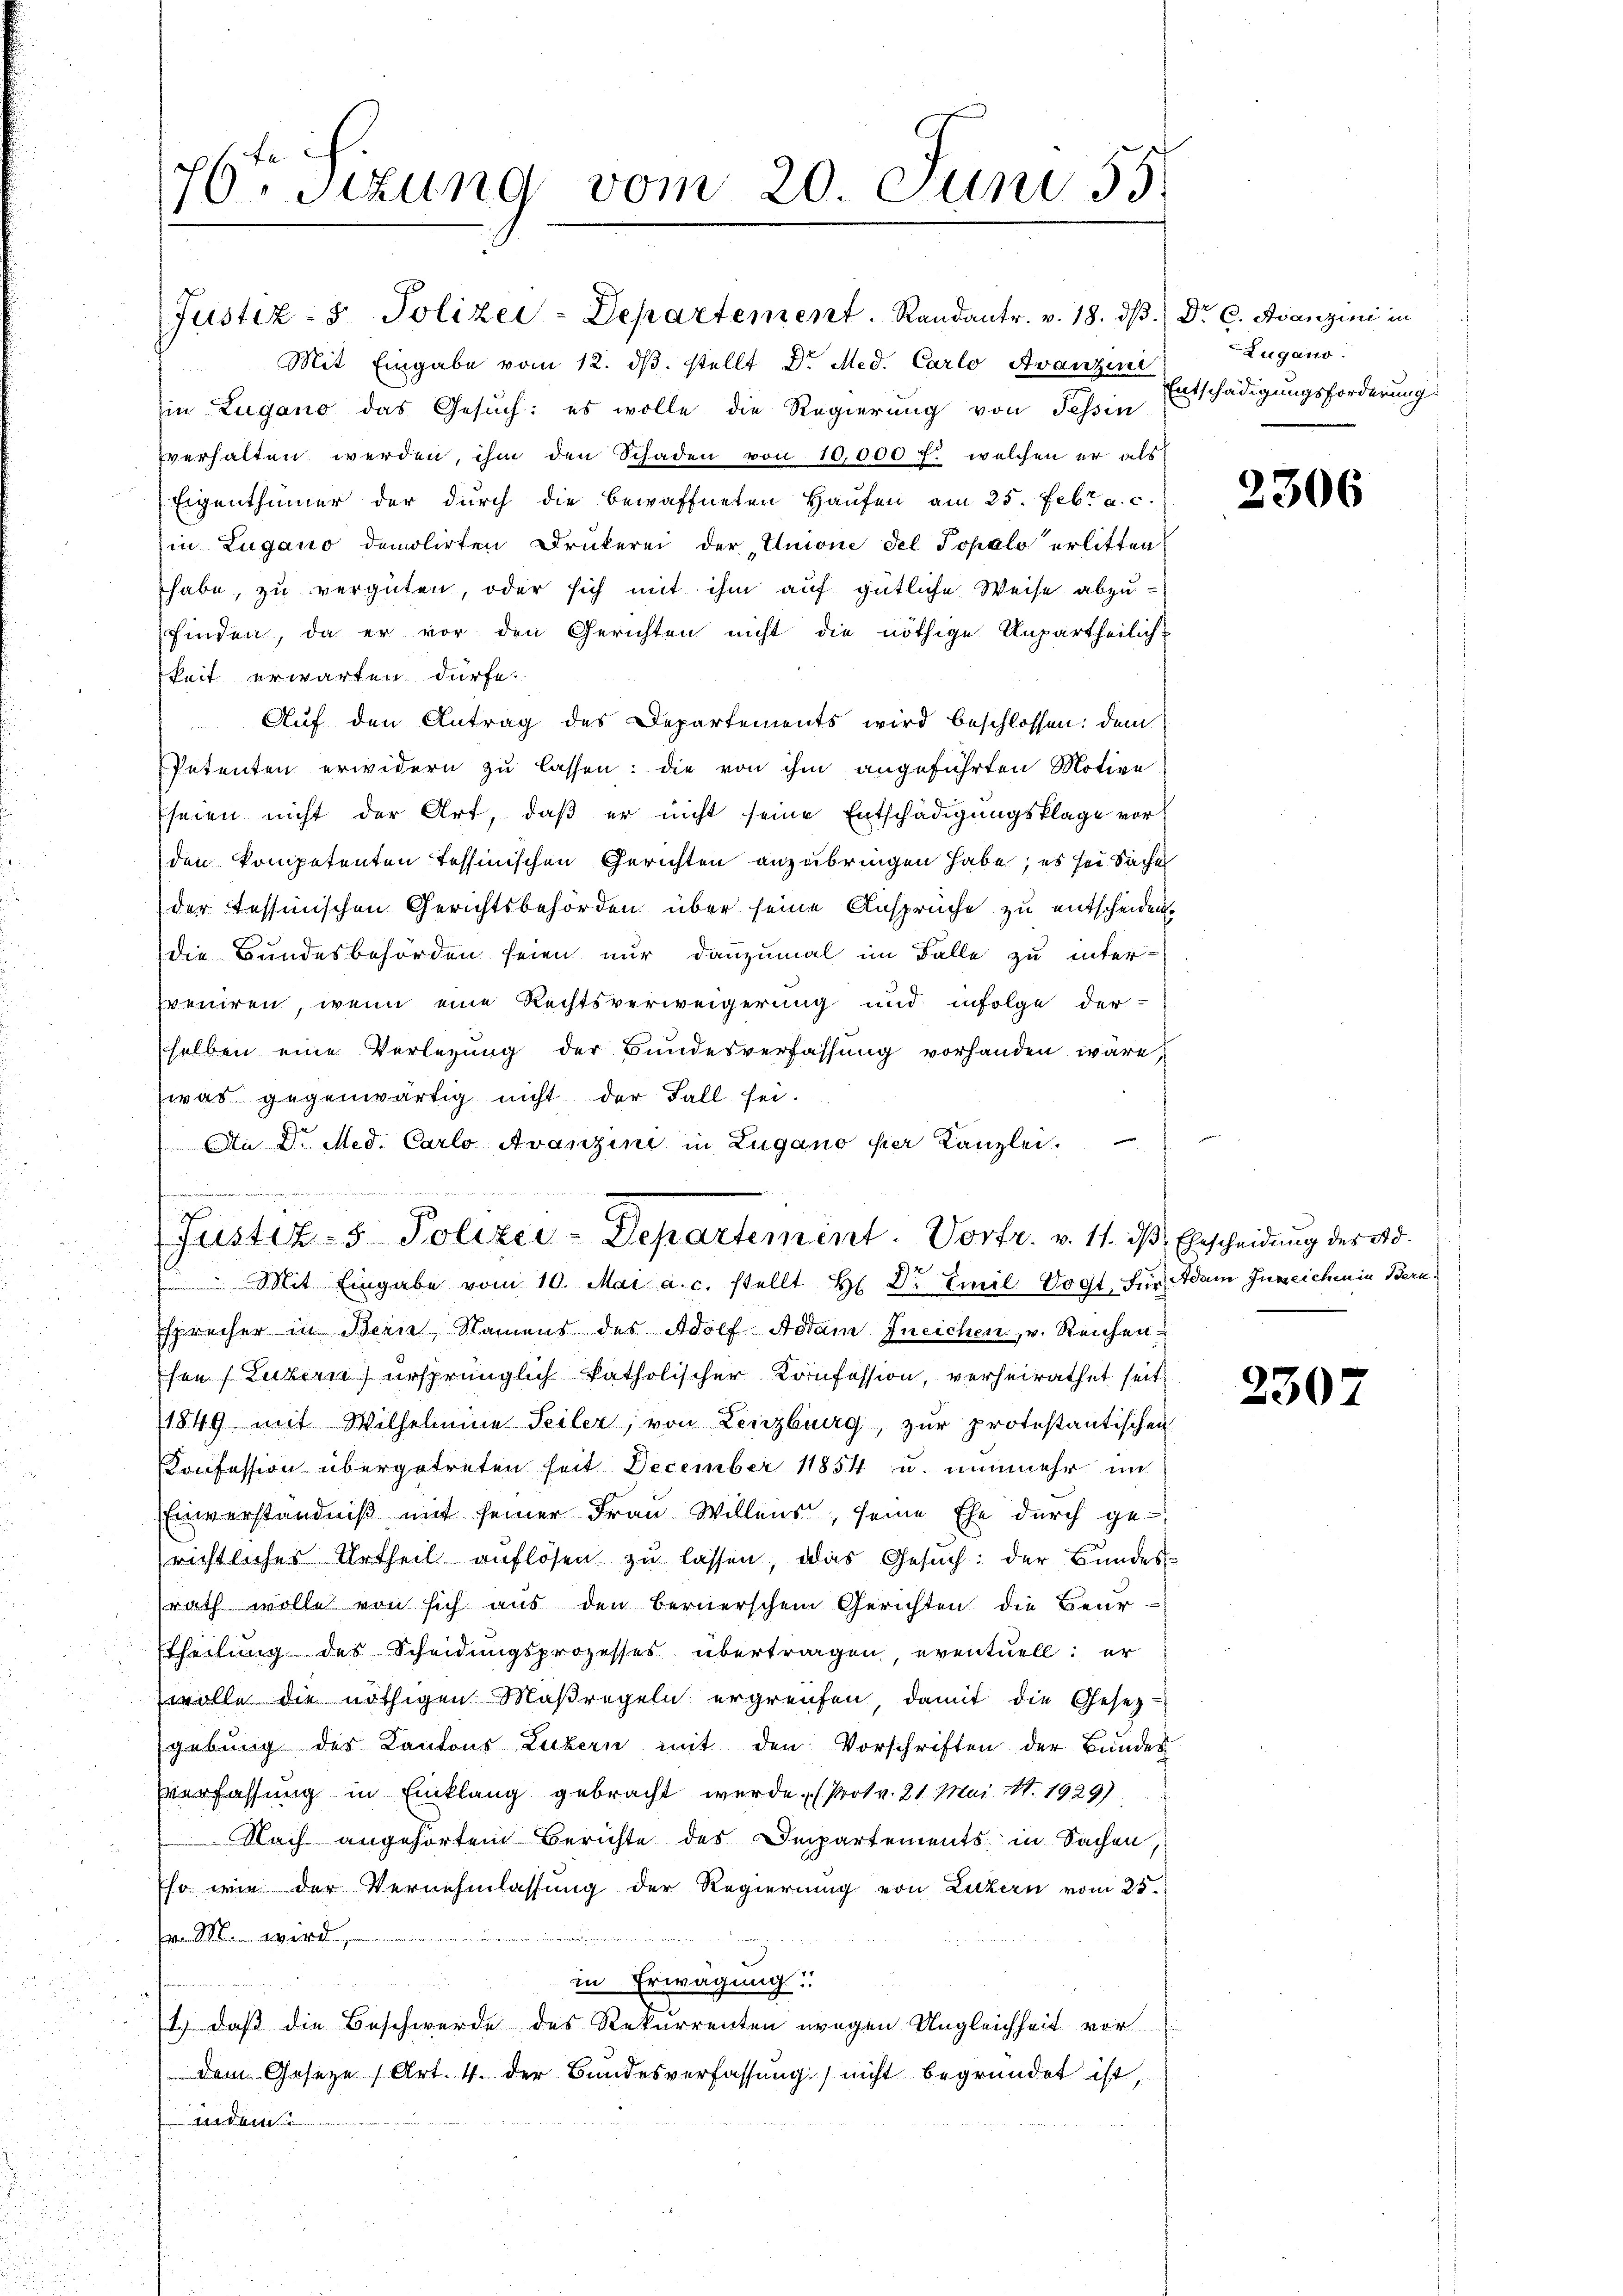
16ten Sizung vom 20. Juni 55.
1

Mit Eingabe vom 12. dβ. stellt Dr. Med. Carlo Avanzenr
in Zugano das Gesuch: es wolle die Regierung von Tessin
verhalten werden, ihm den Schaden von 10,000 f. welchen er als
Eigenthümer der durch die bewaffneten Haŭsen am 25. Febr a. c.
in Lugano demolirten Druckerei der „Unione Fel Popalo erlitten
habe, zu vergüten, oder sich mit ihm auf gütliche Weise abzufinden, da er vor den Gerichten nicht die nöthige Unpartheilich-
keit erwarten dürfe.
Auf den Antrag des Departements wird beschlossen: dem
Petenten erwidern zu lassen: die von ihm angeführten Motive
seien nicht der Art, daβ er nicht seine Entschädigŭngsklage vorden kompetenten Tessinischen Gerichten anzubringen habe; es sei Sache
der Tessinischen Gerichtsbehörden über seine Ansprüche zu entscheiden.
die Bundesbehörden seien nur dannzumal im Falle zu inter-
preniren, wenn eine Rechtsverweigerung und infolge der-
selben eine Verlegung der Bundesverfassung vorhanden wäre,
was gegenwärtig nicht der Fall sei.
An Dr. Med. Carlo Avanzini in Zugano per Kanzlei.
Justiz- & Polizei-Departement. Vortr. v. 11. ds. Erscheidung der Ad
 Mit Eingabe vom 10. Mai a.c. stellt Hr. Dr Emil Vogt. Für Adam Jureichen in Bern
sprecher in Bern Namens des Adolf Addam Ineichen, v. Reichen
sen (Luzern) ursprünglich katholischer Konfession, verheirathet seit
1849 mit Wilhelmine Teiler, von Lenzburg, zur protestantischen
Konfession übergetreten heit December 11854 u. nunmehr im
Einverständniß mit seiner Frau Willens, seine Ehe durch ge-
richtliches Urtheil auflösen zu lassen, das Gesuch: der Bundesrath wolle von sich aus den Bernerschem Gerichten die Beur-
theilung des Scheidungsprozesses übertragen, eventuell: er
wolle die nöthigen Maßregeln ergreifen, damit die Gesetz-
gebung des Kantons Luzern mit den Vorschriften der Bundes
verfassung in Einklang gebracht werde. (Prot. 21. Mai. 1. 1929).
Nach angehörten Berichte des Departements in Sachen,
Eso wie der Vernehmlassung der Regierung von Luckern vom 25.
aenden
Pr. M. wird,
in Erwägung
1.) daß die Beschwerde des Rekurrenten wegen Ungleichheit vor
dem Geseze (Art. 4. der Bundesverfassung nicht begründet ist,
dein

Justiz- & Polizei-Departement. Randantr. v. 18. dβ. Dr. C. Avanzini in

Zugano.
Entschädigungsforderung

2306

2307